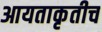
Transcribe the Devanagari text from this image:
आयताकृतीच